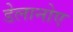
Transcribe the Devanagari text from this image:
डेलानोए